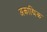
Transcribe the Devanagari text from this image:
अकाद्मिक